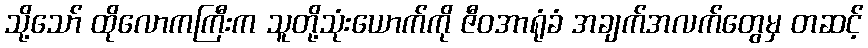
သို့သော် ထိုလောကကြီးက သူတို့သုံးယောက်ကို ဇီဝအာရုံခံ အချက်အလက်တွေမှ တဆင့်